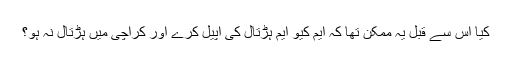
کیا اس سے قبل یہ ممکن تھا کہ ایم کیو ایم ہڑتال کی اپیل کرے اور کراچی میں ہڑتال نہ ہو؟